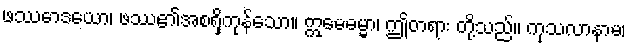
ဖဿောဒယော၊ ဖဿ၏အစရှိကုန်သော။ ဣမေဓမ္မာ၊ ဤတရား တို့သည်။ ကုသလာနာမ၊